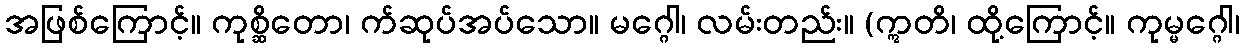
အဖြစ်ကြောင့်။ ကုစ္ဆိတော၊ က်ဆုပ်အပ်သော။ မဂ္ဂေါ၊ လမ်းတည်း။ (ဣတိ၊ ထို့ကြောင့်။ ကုမ္မဂ္ဂေါ၊